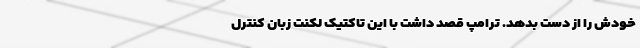
خودش را از دست بدهد. ترامپ قصد داشت با این تاکتیک لکنت زبان کنترل